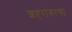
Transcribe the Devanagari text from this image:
शहरांवरचा